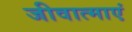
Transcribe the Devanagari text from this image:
जीवात्माएं